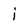
Character: i